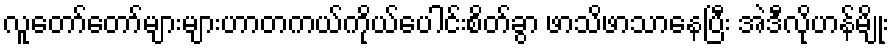
လူတော်တော်များများဟာတကယ်ကိုယ်ပေါင်းစိတ်ခွာ ဖာသိဖာသာနေပြီး အဲဒီလိုဟန်မျိုး